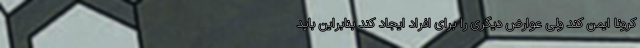
کرونا ایمن کند ولی عوارض دیگری را برای افراد ایجاد کند بنابراین باید